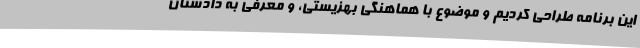
این برنامه طراحی کردیم و موضوع با هماهنگی بهزیستی، و معرفی به دادستان